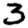
Digit: 3